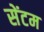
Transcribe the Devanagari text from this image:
सेंटम